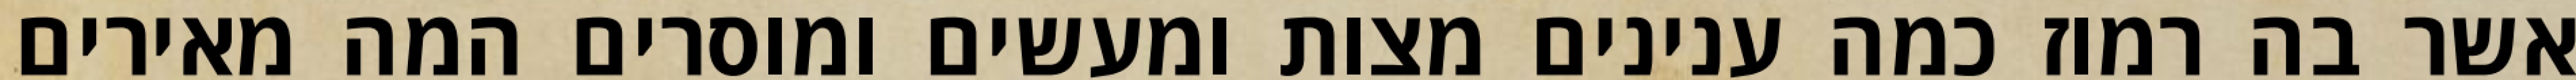
אשר בה רמוז כמה ענינים מצות ומעשים ומוסרים המה מאירים